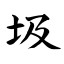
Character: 圾